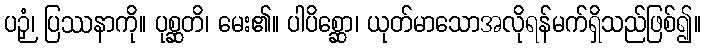
ပဉှံ၊ ပြဿနာကို။ ပုစ္ဆတိ၊ မေး၏။ ပါပိစ္ဆော၊ ယုတ်မာသောအလိုရန်မက်ရှိသည်ဖြစ်၍။